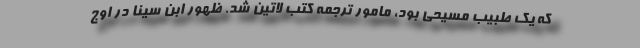
که یک طبیب مسیحی بود، مامور ترجمه کتب لاتین شد. ظهور ابن سینا در اوج